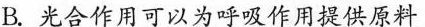
B.光合作用可以为呼吸作用提供原料